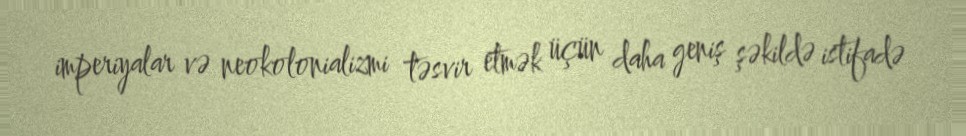
imperiyalar və neokolonializmi təsvir etmək üçün daha geniş şəkildə istifadə